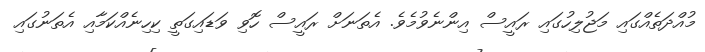
މުއްދަތެއްގައި މަޖުލިހުގައި ރައީސް އިންނެވުމެވެ. އެތަނަށް ރައީސް ހޮވި ވަޑައިގަތީ ކިހިނެއްކަމާއި އެތަނުގައި